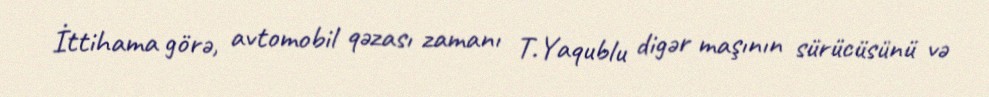
İttihama görə, avtomobil qəzası zamanı T.Yaqublu digər maşının sürücüsünü və